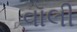
વૉલી